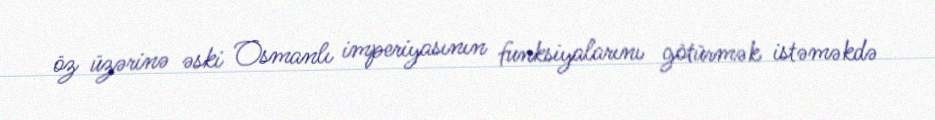
öz üzərinə əski Osmanlı imperiyasının funksiyalarını götürmək istəməkdə